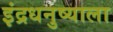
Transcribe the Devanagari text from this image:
इंद्रधनुष्याला